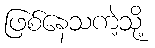
ဖြစ်နေသကဲ့သို့